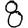
Digit: 8